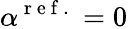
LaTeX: \alpha^{\mathrm{~r~e~f~.~}}=0